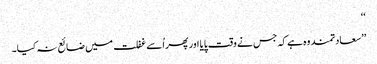
‘‘
’’سعادتمند وہ ہے کہ جس نے وقت پایا اور پھر اُسے غفلت میں ضائع نہ کیا۔